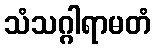
သံသဂ္ဂါရာမတံ